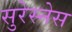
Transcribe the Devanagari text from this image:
सुरेस्नेस